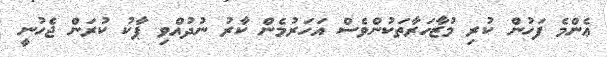
ޢެންމެ ފަހުން ކުރި މުޒާހަރާތަކުންވެސް އަހަރުމެން ކާރު ނުދުއްވި ޕާކު ކުރަން ޖެހުނީ